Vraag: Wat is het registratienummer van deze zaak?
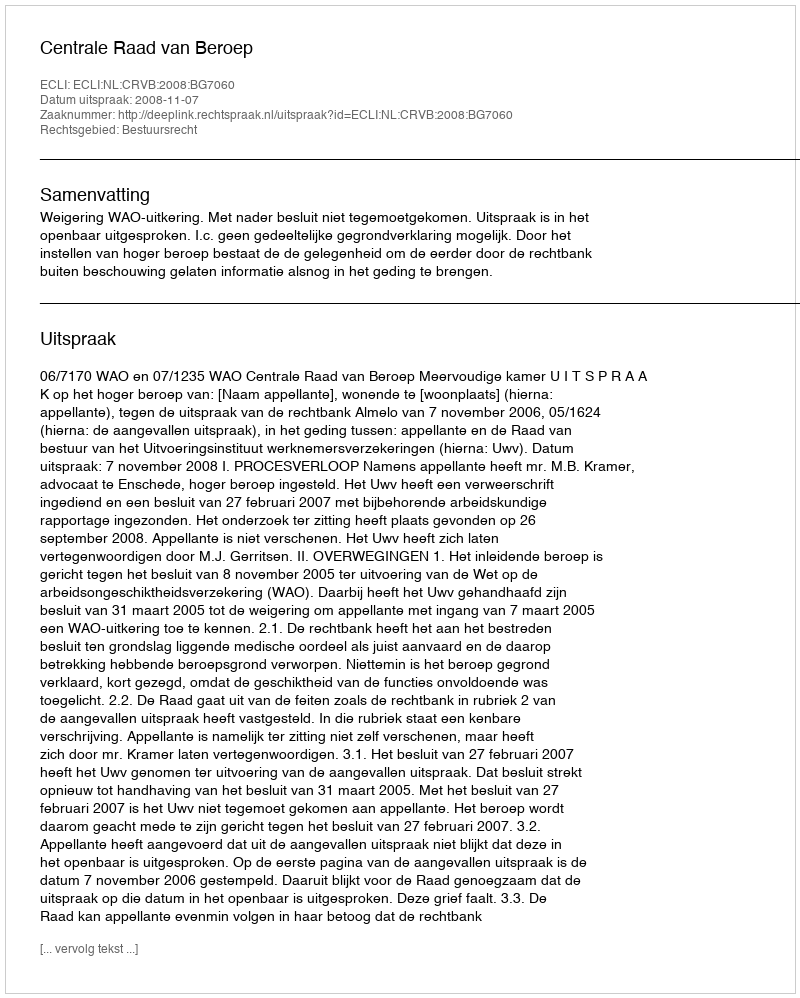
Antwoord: http://deeplink.rechtspraak.nl/uitspraak?id=ECLI:NL:CRVB:2008:BG7060